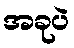
အခုပဲ